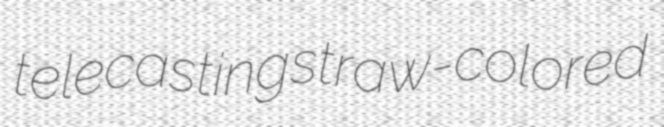
telecasting straw-colored